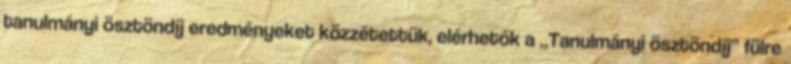
tanulmányi ösztöndíj eredményeket közzétettük, elérhetők a „Tanulmányi ösztöndíj” fülre